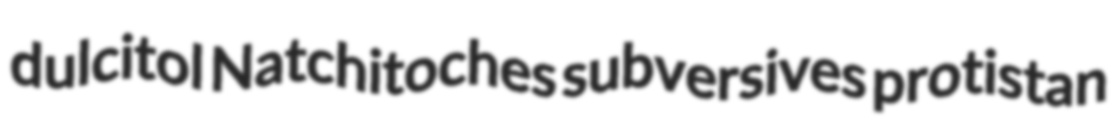
dulcitol Natchitoches subversives protistan